Civil Veterinary Dept. Bombay admin report 1900-1906 - 1900-1906
Year: 1900
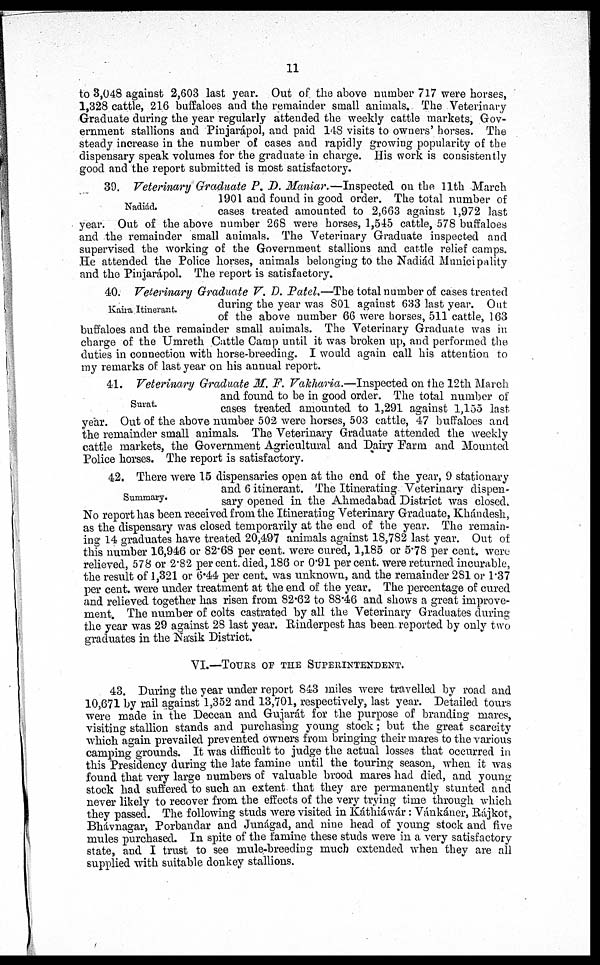
11
to 3,048 against 2,603 last year. Out of the above number 717 were horses,
1,328 cattle, 216 buffaloes and the remainder small animals. The Veterinary
Graduate during the year regularly attended the weekly cattle markets, Gov-
ernment stallions and Pinjarápol, and paid 148 visits to owners' horses. The
steady increase in the number of cases and rapidly growing popularity of the
dispensary speak volumes for the graduate in charge. His work is consistently
good and the report submitted is most satisfactory.
Nadiád.
39. Veterinary Graduate P. D. Maniar.—Inspected on the 11th March
1901 and found in good order. The total number of
cases treated amounted to 2,663 against 1,972 last
year. Out of the above number 268 were horses, 1,545 cattle, 578 buffaloes
and the remainder small animals. The Veterinary Graduate inspected and
supervised the working of the Government stallions and cattle relief camps.
He attended the Police horses, animals belonging to the Nadiád Municipality
and the Pinjarápol. The report is satisfactory.
Kaira Itinerant.
40. Veterinary Graduate V. D. Patel.—The total number of cases treated
during the year was 801 against 633 last year. Out
of the above number 66 were horses, 511 cattle, 163
buffaloes and the remainder small animals. The Veterinary Graduate was in
charge of the Umreth Cattle Camp until it was broken up, and performed the
duties in connection with horse-breeding. I would again call his attention to
my remarks of last year on his annual report.
Surat.
41. Veterinary Graduate M. F. Vakharia.—Inspected on the 12th March
and found to be in good order. The total number of
cases treated amounted to 1,291 against 1,155 last
year. Out of the above number 502 were horses, 503 cattle, 47 buffaloes and
the remainder small animals. The Veterinary Graduate attended the weekly
cattle markets, the Government Agricultural and Dairy Farm and Mounted
Police horses. The report is satisfactory.
Summary.
42. There were 15 dispensaries open at the end of the year, 9 stationary
and 6 itinerant. The Itinerating. Veterinary dispen-
sary opened in the Ahmedabad District was closed.
No report has been received from the Itinerating Veterinary Graduate, Khándesh,
as the dispensary was closed temporarily at the end of the year. The remain-
ing 14 graduates have treated 20,497 animals against 18,782 last year. Out of
this number 16,946 or 82.68 per cent. were cured, 1,185 or 5.78 per cent. were
relieved, 578 or 2.82 per cent. died, 186 or 0.91 per cent. were returned incurable,
the result of 1,321 or 6.44 per cent. was unknown, and the remainder 281 or 1.37
per cent. were under treatment at the end of the year. The percentage of cured
and relieved together has risen from 82.62 to 88.46 and shows a great improve-
ment. The number of colts castrated by all the Veterinary Graduates during
the year was 29 against 28 last year. Rinderpest has been reported by only two
graduates in the Násik District.
VI.—TOURS OF THE SUPERINTENDENT.
43. During the year under report 843 miles were travelled by road and
10,671 by rail against 1,352 and 13,701, respectively, last year. Detailed tours
were made in the Deccan and Gujarát for the purpose of branding mares,
visiting stallion stands and purchasing young stock; but the great scarcity
which again prevailed prevented owners from bringing their mares to the various
camping grounds. It was difficult to judge the actual losses that occurred in
this Presidency during the late famine until the touring season, when it was
found that very large numbers of valuable brood mares had died, and young-
stock had suffered to such an extent that they are permanently stunted and
never likely to recover from the effects of the very trying time through which
they passed. The following studs were visited in Káthiáwár : Vánkáner, Rájkot,
Bhávnagar, Porbandar and Junágad and nine head of young stock and five
mules purchased. In spite of the famine these studs were in a very satisfactory
state, and I trust to see mule-breeding much extended when they are all
supplied with suitable donkey stallions.